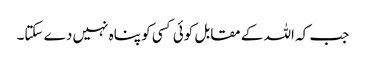
جب کہ اللہ کے مقابل کوئی کسی کو پناہ نہیں دے سکتا۔